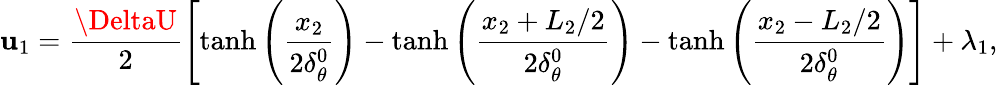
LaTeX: \mathbf{u}_{1}=\frac{{\DeltaU}}{{2}}\left[\operatorname{tanh}\left(\frac{{x_{2}}}{{2\delta_{\theta}^{0}}}\right)-\operatorname{tanh}\left(\frac{{x_{2}+L_{2}/2}}{{2\delta_{\theta}^{0}}}\right)-\operatorname{tanh}\left(\frac{{x_{2}-L_{2}/2}}{{2\delta_{\theta}^{0}}}\right)\right]+\lambda_{1},